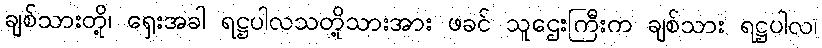
ချစ်သားတို့၊ ရှေးအခါ ရဋ္ဌပါလသတို့သားအား ဖခင် သူဌေးကြီးက ချစ်သား ရဋ္ဌပါလ၊